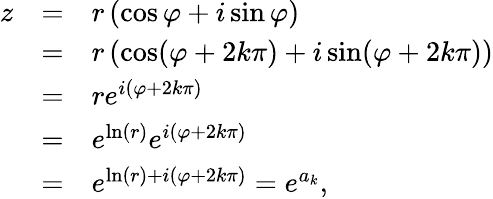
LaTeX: {\begin{array}{lll}{z}&{=}&{r\left(\cos\varphi+i\sin\varphi\right)}\\ &{=}&{r\left(\cos(\varphi+2k\pi)+i\sin(\varphi+2k\pi)\right)}\\ &{=}&{re^{i(\varphi+2k\pi)}}\\ &{=}&{e^{\ln(r)}e^{i(\varphi+2k\pi)}}\\ &{=}&{e^{\ln(r)+i(\varphi+2k\pi)}=e^{a_{k}},}\end{array}}